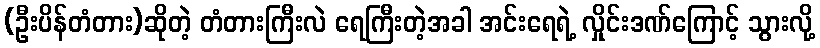
(ဦးပိန်တံတား)ဆိုတဲ့ တံတားကြီးလဲ ရေကြီးတဲ့အခါ အင်းရေရဲ့ လှိုင်းဒဏ်ကြောင့် သွားလို့